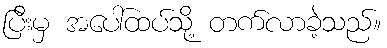
ပြီးမှ အပေါ်ထပ်သို့ တက်လာခဲ့သည်။